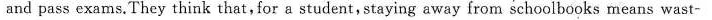
and pass exams.They think that,for a student,staying away from schoolbooks means wast-